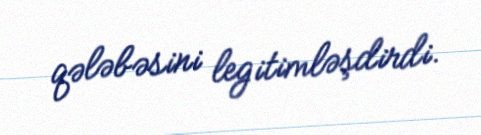
qələbəsini legitimləşdirdi.